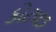
કોટવડ